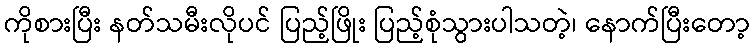
ကိုစားပြီး နတ်သမီးလိုပင် ပြည့်ဖြိုး ပြည့်စုံသွားပါသတဲ့၊ နောက်ပြီးတော့